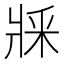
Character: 𤕽